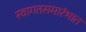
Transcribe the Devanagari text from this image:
स्वागतसमारंभात